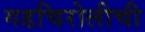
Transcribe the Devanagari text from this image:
गडचिरोलीची